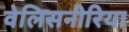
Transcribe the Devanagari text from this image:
वेलिसनीरिया